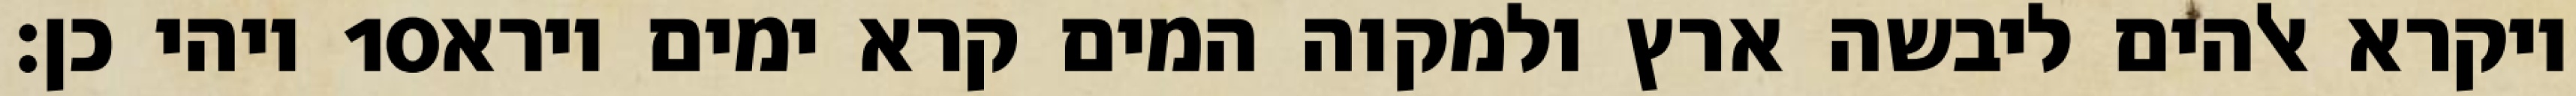
ויהי כן׃ ‎10‏ ויקרא אלהים ליבשה ארץ ולמקוה המים קרא ימים וירא